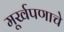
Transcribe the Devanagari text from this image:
मूर्खपणाचे